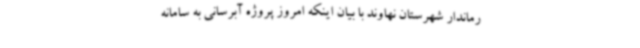
رماندار شهرستان نهاوند با بیان اینکه امروز پروژه آبرسانی به سامانه